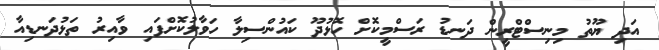
އަދި ޔޫތު މިނިސްޓްރީން ދަނޑު ރަސްމީކޮށް ހޮޅުދޫ ކައުންސިލާ ހަވާލުކޮށްފައި ވާއިރު ތަޅުދަނޑިއާ